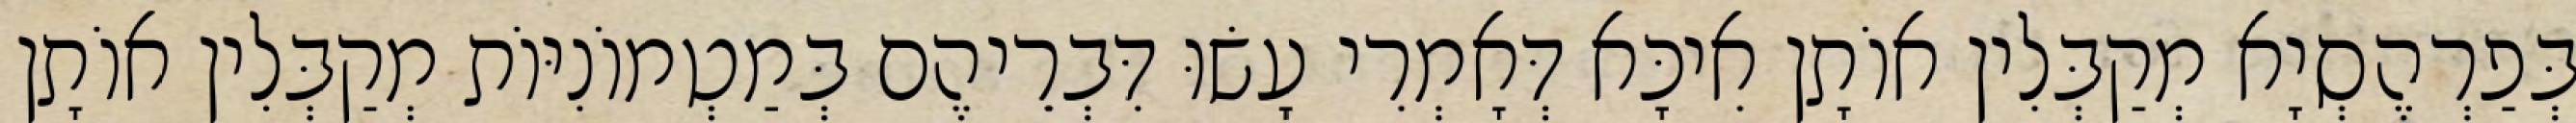
בְּפַרְהֶסְיָא מְקַבְּלִין אוֹתָן אִיכָּא דְּאָמְרִי עָשׂוּ דִּבְרֵיהֶם בְּמַטְמוֹנִיּוֹת מְקַבְּלִין אוֹתָן